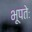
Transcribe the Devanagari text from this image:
भूपतेः